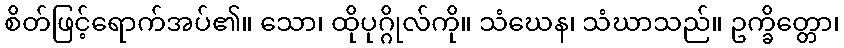
စိတ်ဖြင့်ရောက်အပ်၏။ သော၊ ထိုပုဂ္ဂိုလ်ကို။ သံဃေန၊ သံဃာသည်။ ဥက္ခိတ္တော၊